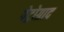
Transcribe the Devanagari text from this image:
पेट्रोग्राद